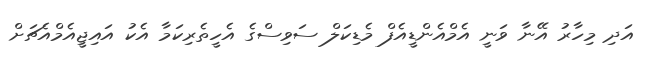
އަދި މިހާރު އޭނާ ވަނީ އެމްއެންޑީއެފް މެޑިކަލް ސަވިސްގެ އެހީތެރިކަމާ އެކު އައިޖީއެމްއެޗަށް